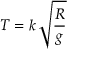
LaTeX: T = k \, { \sqrt { \frac { R } { g } } }